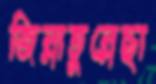
জিন্নাতুন্নেছা